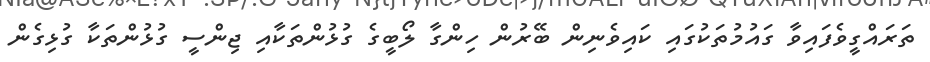
ތަރައްގީވެފައިވާ ގައުމުތަކުގައި ކައިވެނިން ބޭރުން ހިންގާ ލޯބީގެ ގުޅުންތަކާއި ޖިންސީ ގުޅުންތަކާ ގުޅިގެން